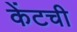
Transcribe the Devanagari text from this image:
केंटची